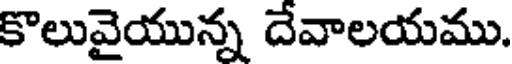
కొలువైయున్న దేవాలయము.